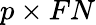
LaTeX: p\times FN